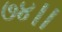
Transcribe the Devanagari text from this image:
७४।।